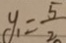
y _ { 1 } = \frac { 5 } { 2 }